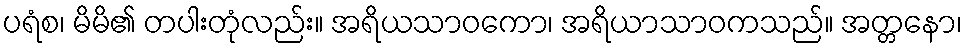
ပရံစ၊ မိမိ၏ တပါးတုံလည်း။ အရိယသာဝကော၊ အရိယာသာဝကသည်။ အတ္တနော၊